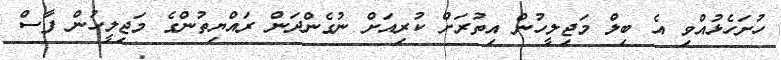
ހުށަހެޅުއްވި އެ ބިލް މަޖިލީހުން އިތުރަށް ކުރިއަށް ނުގެންދަން ރައްޔިތުންގެ މަޖިލީހުން ފާސް